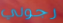
رجولي